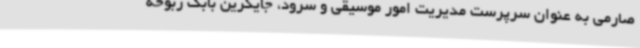
صارمی به عنوان سرپرست مدیریت امور موسیقی و سرود، جایگزین بابک ربوخه